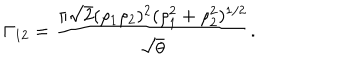
\Gamma _ { 1 2 } = { \frac { \pi \sqrt { 2 } ( \rho _ { 1 } \rho _ { 2 } ) ^ { 2 } ( \rho _ { 1 } ^ { 2 } + \rho _ { 2 } ^ { 2 } ) ^ { 1 / 2 } } { \sqrt { \theta } } } . \;